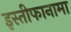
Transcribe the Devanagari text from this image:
इस्तीफानामा